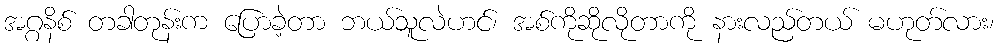
အဂ္ဂနိစ် တခါတုန်းက ပြောခဲ့တာ ဘယ်သူလဲဟင်၊ အစ်ကိုဆိုလိုတာကို နားလည်တယ် မဟုတ်လား၊